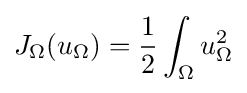
J_{\Omega }(u_{\Omega })={\frac {1}{2}}\int _{\Omega }u_{\Omega }^{2}